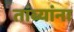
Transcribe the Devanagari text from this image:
तांब्यांना